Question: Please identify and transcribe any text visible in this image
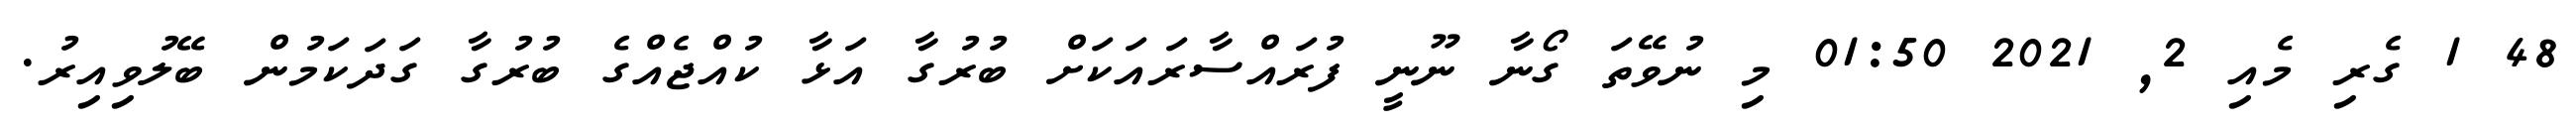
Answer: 48 1 ގެރި މެއި 2, 2021 01:50 މި ނުވޭތަ ގޯނާ ނޫނީ ފުރައްސާރައަކަށް ބުރުގާ އަޅާ ކުއްޖެއްގެ ބުރުގާ ގަދަކަމުން ބޭލުވިއިރު.